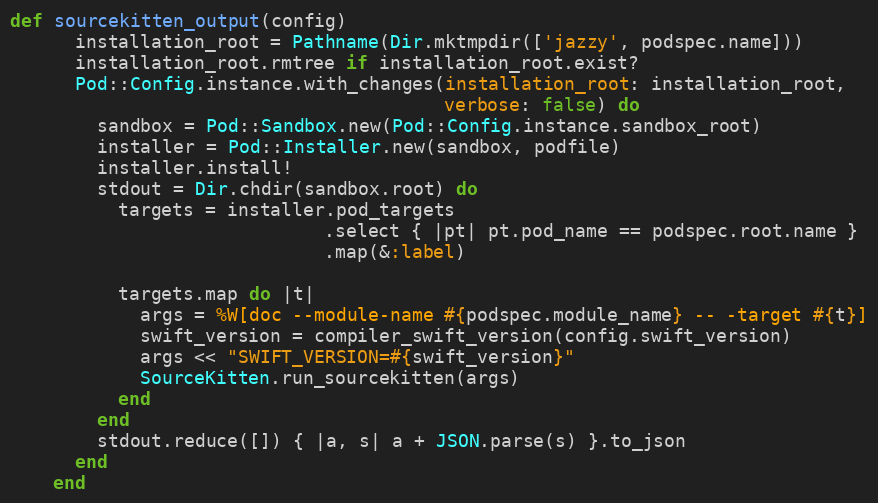
Language: Ruby
def sourcekitten_output(config)
      installation_root = Pathname(Dir.mktmpdir(['jazzy', podspec.name]))
      installation_root.rmtree if installation_root.exist?
      Pod::Config.instance.with_changes(installation_root: installation_root,
                                        verbose: false) do
        sandbox = Pod::Sandbox.new(Pod::Config.instance.sandbox_root)
        installer = Pod::Installer.new(sandbox, podfile)
        installer.install!
        stdout = Dir.chdir(sandbox.root) do
          targets = installer.pod_targets
                             .select { |pt| pt.pod_name == podspec.root.name }
                             .map(&:label)

          targets.map do |t|
            args = %W[doc --module-name #{podspec.module_name} -- -target #{t}]
            swift_version = compiler_swift_version(config.swift_version)
            args << "SWIFT_VERSION=#{swift_version}"
            SourceKitten.run_sourcekitten(args)
          end
        end
        stdout.reduce([]) { |a, s| a + JSON.parse(s) }.to_json
      end
    end